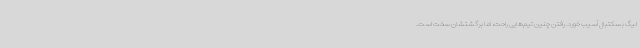
لیگ بسکتبال آسیب خورد. رفتن چنین تیم‌هایی راحت، اما برگشتشان سخت است.